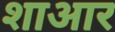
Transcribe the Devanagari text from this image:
शाआर